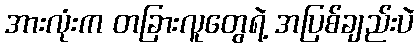
အားလုံးက တခြားလူတွေရဲ့ အပြစ်ချည်းပဲ